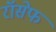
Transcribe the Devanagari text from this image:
रॉसेफ